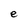
Character: e